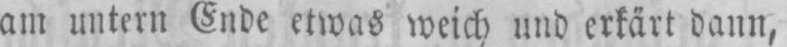
am untern Ende etwas weich und erkärt dann,